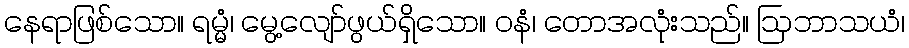
နေရာဖြစ်သော။ ရမ္မံ၊ မွေ့လျော်ဖွယ်ရှိသော။ ဝနံ၊ တောအလုံးသည်။ ဩဘာသယံ၊